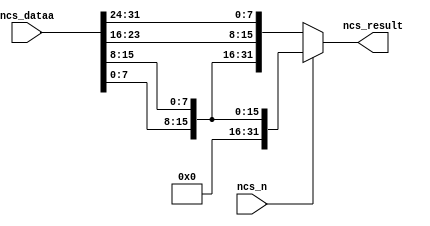
/*
  Legal Notice: (C)2009 Altera Corporation. All rights reserved.  Your
  use of Altera Corporation's design tools, logic functions and other
  software and tools, and its AMPP partner logic functions, and any
  output files any of the foregoing (including device programming or
  simulation files), and any associated documentation or information are
  expressly subject to the terms and conditions of the Altera Program
  License Subscription Agreement or other applicable license agreement,
  including, without limitation, that your use is for the sole purpose
  of programming logic devices manufactured by Altera and sold by Altera
  or its authorized distributors.  Please refer to the applicable
  agreement for further details.
*/

module nios_ii_endian_converter(
  ncs_dataa,
  ncs_n,
  ncs_result
);

  input [31:0] ncs_dataa;
  input ncs_n;
  
  output [31:0] ncs_result;
  wire [31:0] ncs_result;
  
  assign ncs_result = (ncs_n == 0)? {ncs_dataa[7:0], ncs_dataa[15:8], ncs_dataa[23:16], ncs_dataa[31:24]} :
                                    {16'b0, ncs_dataa[7:0], ncs_dataa[15:8]};

endmodule